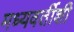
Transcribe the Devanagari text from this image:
मध्यवर्तीशी